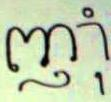
ញុាំ